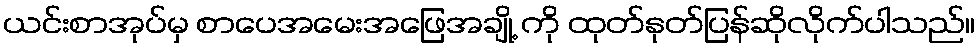
ယင်းစာအုပ်မှ စာပေအမေးအဖြေအချို့ ကို ထုတ်နုတ်ပြန်ဆိုလိုက်ပါသည်။